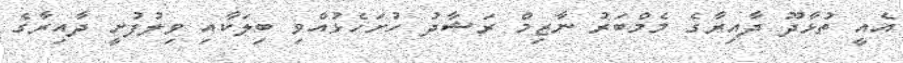
އެއީ ތުޅާދޫ ދާއިރާގެ މެމްބަރު ނާޒިމް ރަޝާދު ހުށަހެޅުއްވި ބިލަކާއި ވިލުފުށީ ދާއިރާގެ